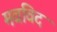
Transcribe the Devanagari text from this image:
मवविद